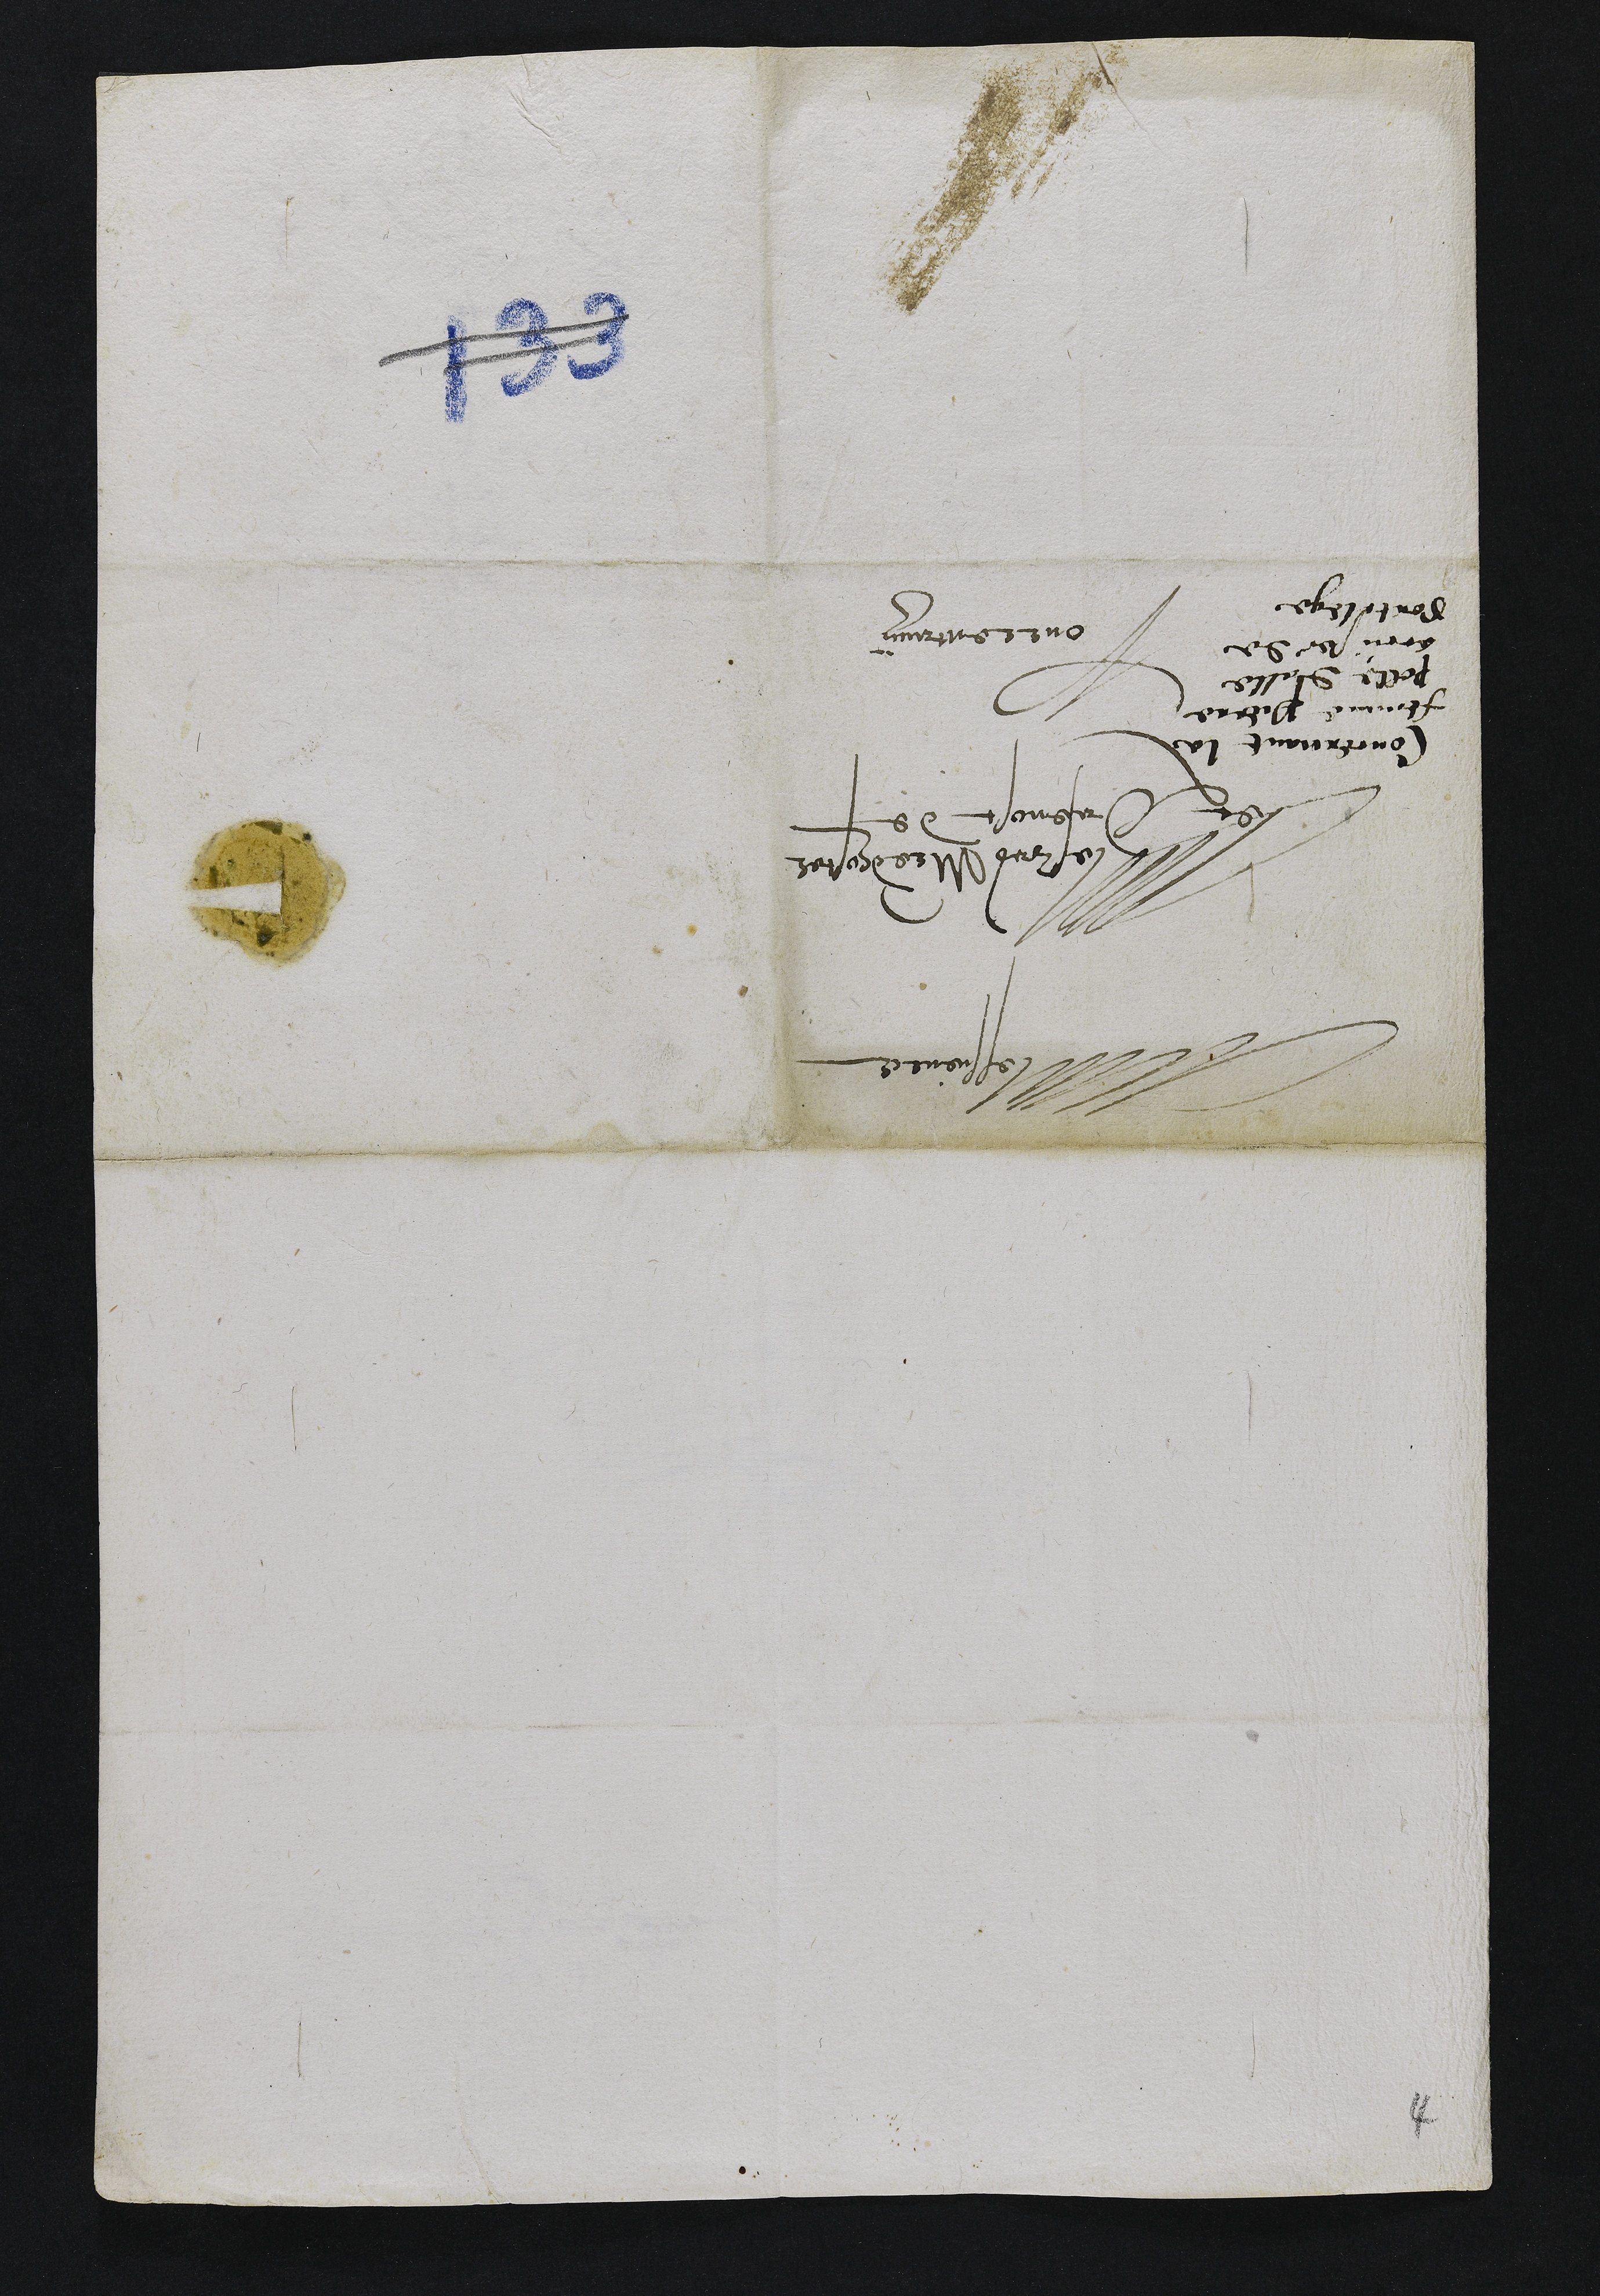
Messieurs
Mesrs Maistre dhostel
et Prevost de
Pourrentruy
Concernant la
femme Pierre
Polle dalle
accüsee de
sortilege
4